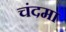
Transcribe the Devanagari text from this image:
चंदमा